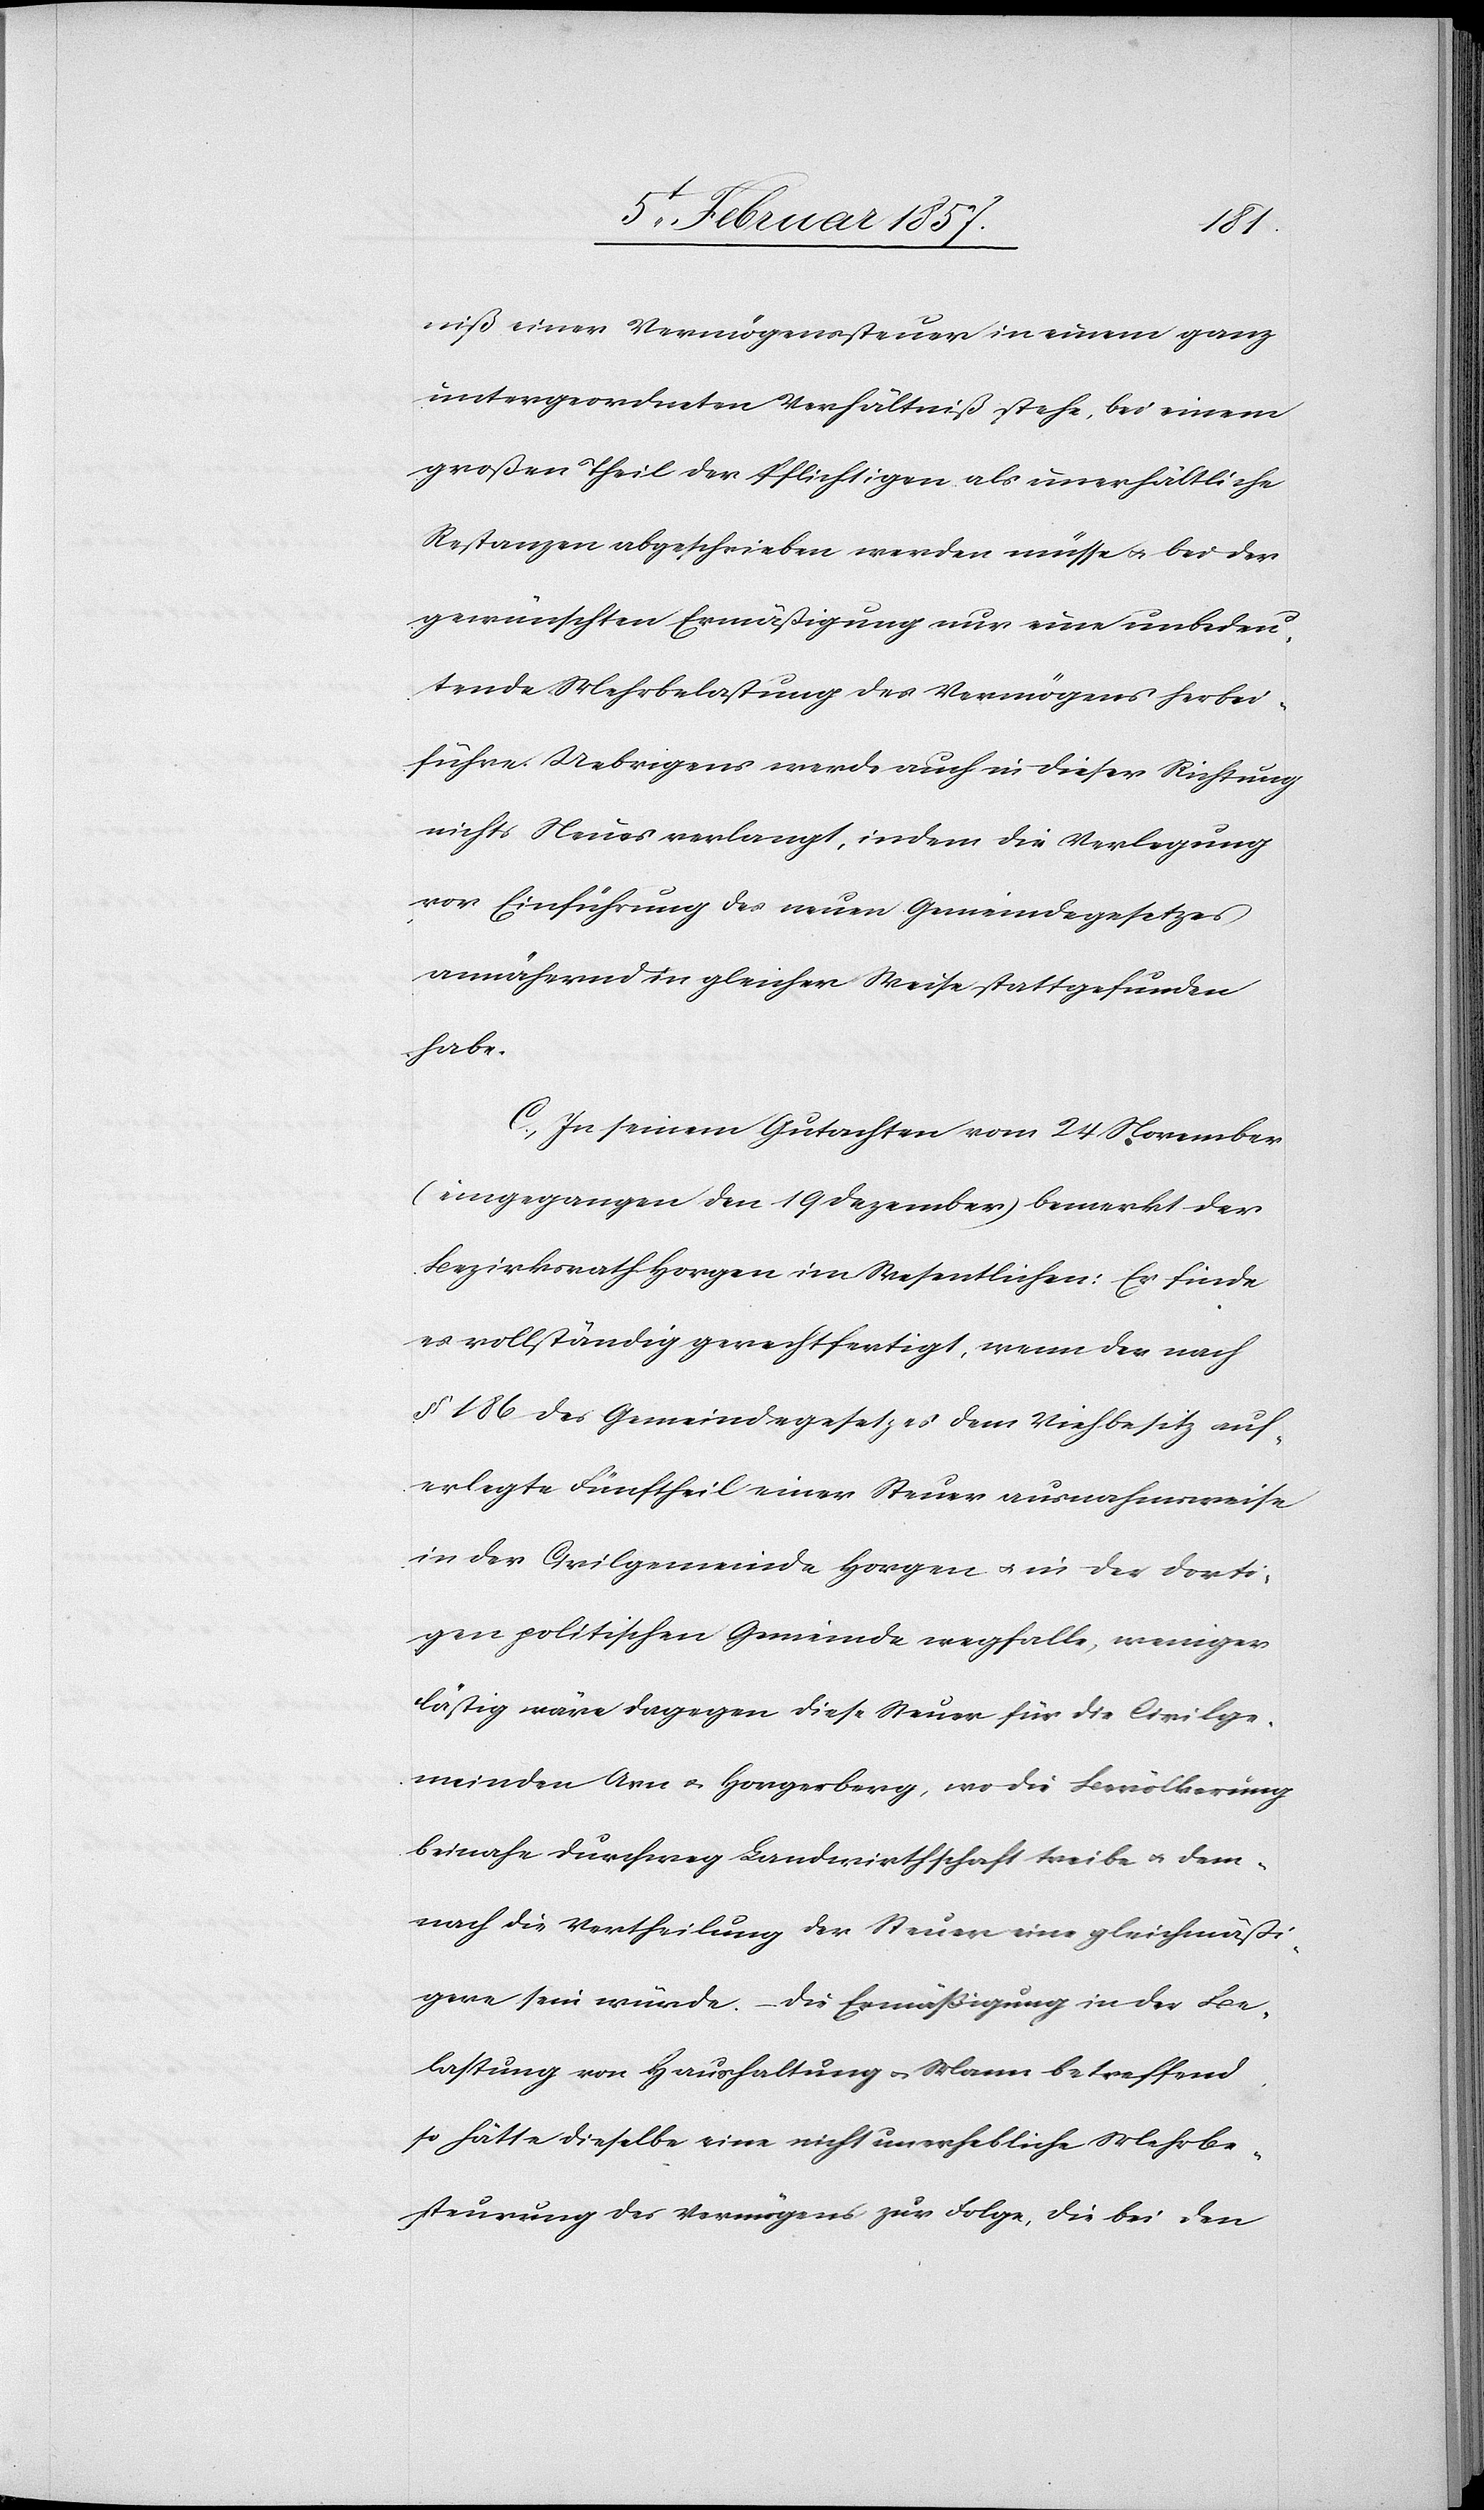
niß einer Vermögenssteuer in einem ganz
untergeordneten Verhältniß stehe, bei einem
großen Theil der Pflichtigen als unerhältliche
Restanzen abgeschrieben werden müssen & bei der
gewünschten Ermäßigung nur eine unbedeu¬
tende Mehrbelastung des Vermögens herbei¬
führe. Uebrigens werde auch in dieser Richtung
nichts Neues verlangt, indem die Verlagerung
vor Einführung des neuen Gemeindegesetzes
annähernd in gleicher Weise stattgefunden
habe.
C. In seinem Gutachten vom 24 November
(eingegangen den 19 Dezember) bemerkt der
Bezirksrath Horgen im Wesentlichen: Er finde
es vollständig gerechtfertigt, wenn der nach
§ 186 des Gemeindegesetzes dem Viehbesitz auf¬
erlegte Fünftheil einer Steuer ausnahmsweise
in der Civilgemeide Horgen u. in der dorti¬
gen politischen Gemeinde wegfalle, weniger
lästig wäre dagegen diese Steuer für die Civilge¬
meiden Arn & Horgerberg, wo die Bevölkerung
beinahe durchweg Landwirthschaft treibe & dem¬
nach die Vertheilung der Steuer eine gleichmäßi¬
gere sein würde. – Die Ermäßigung in der Be¬
lastung der Haushaltung u. Mann betreffend,
so hätte dieselbe eine nicht unerhebliche Mehrbe¬
steurung des Vermögens zur Folge, die bei den